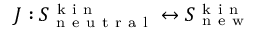
J : S _ { \mathrm { ~ n ~ e ~ u ~ t ~ r ~ a ~ l ~ } } ^ { \mathrm { ~ k ~ i ~ n ~ } } \leftrightarrow S _ { \mathrm { ~ n ~ e ~ w ~ } } ^ { \mathrm { ~ k ~ i ~ n ~ } }